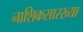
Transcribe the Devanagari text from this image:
नाशिकसारख्या